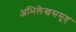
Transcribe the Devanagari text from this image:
अभिलेखसमूह